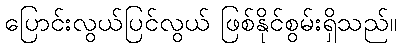
ပြောင်းလွယ်ပြင်လွယ် ဖြစ်နိုင်စွမ်းရှိသည်။